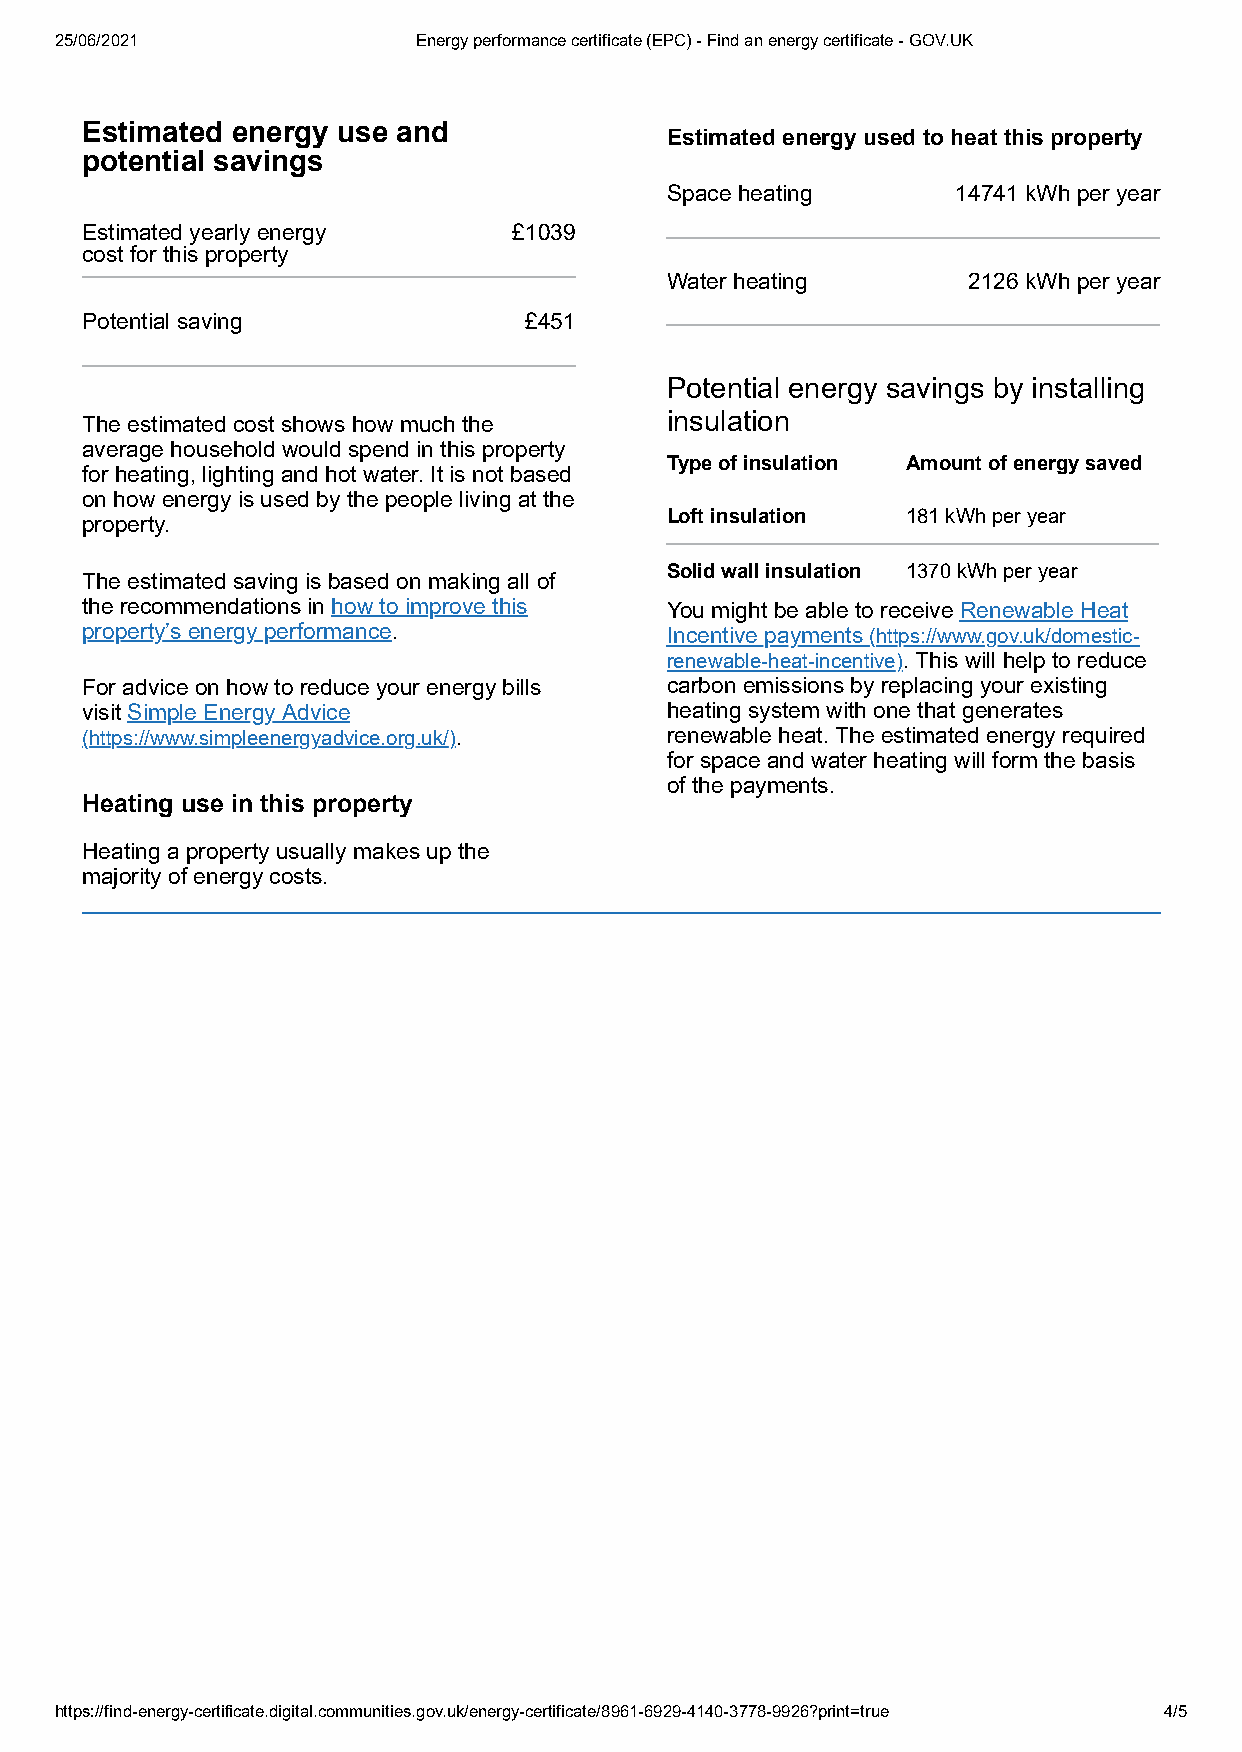
25/06/2021              Energy performance certificate (EPC) - Find an energy certificate - GOV.UK
 Estimated energy use and
 Estimated energy used to heat this property
 potential savings
 Space heating      14741 kWh per year
 Estimated yearly energy      £1039
 cost for this property
 Water heating       2126 kWh per year
 Potential saving              £451
 Potential energy savings by installing
 insulation
 The estimated cost shows how much the
 average household would spend in this property
 Type of insulation Amount of energy saved
 for heating, lighting and hot water. It is not based
 on how energy is used by the people living at the
 Loft insulation 181 kWh per year
 property.
 Solid wall insulation 1370 kWh per year
 The estimated saving is based on making all of
 the recommendations in how to improve this You might be able to receive Renewable Heat
 property’s energy performance.         Incentive payments (https://www.gov.uk/domestic-
 renewable-heat-incentive). This will help to reduce
 For advice on how to reduce your energy bills carbon emissions by replacing your existing
 visit Simple Energy Advice             heating system with one that generates
 (https://www.simpleenergyadvice.org.uk/). renewable heat. The estimated energy required
 for space and water heating will form the basis
 of the payments.
 Heating use in this property
 Heating a property usually makes up the
 majority of energy costs.
 https://find-energy-certificate.digital.communities.gov.uk/energy-certificate/8961-6929-4140-3778-9926?print=true 4/5